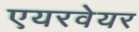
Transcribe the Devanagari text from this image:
एयरवेयर